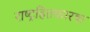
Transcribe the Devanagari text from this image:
राष्ट्रहितकारक